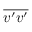
\overline { { v ^ { \prime } v ^ { \prime } } }